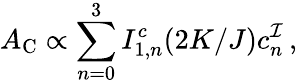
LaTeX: A_{\mathrm{C}}\propto\sum_{n=0}^{3}I_{1,n}^{c}(2K/J)c_{n}^{\cal I}\, ,